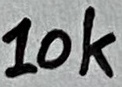
Text: 10k